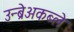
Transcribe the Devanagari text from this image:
उन्ब्रेअकब्ले